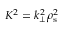
K ^ { 2 } = k _ { \bot } ^ { 2 } \rho _ { \mathrm { s } } ^ { 2 }